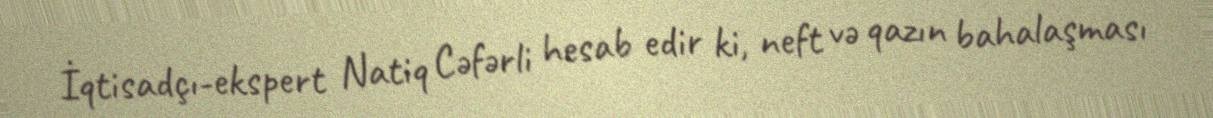
İqtisadçı-ekspert Natiq Cəfərli hesab edir ki, neft və qazın bahalaşması